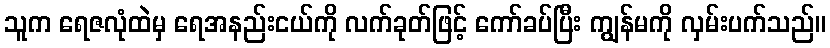
သူက ရေဇလုံထဲမှ ရေအနည်းငယ်ကို လက်ခုတ်ဖြင့် ကော်ခပ်ပြီး ကျွန်မကို လှမ်းပက်သည်။